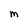
Character: m